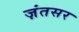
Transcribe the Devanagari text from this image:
ज़ंतसर